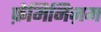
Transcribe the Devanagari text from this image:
फ़ेमिनिज़म